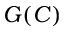
G ( C )